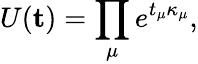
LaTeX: U(\mathbf{t})=\prod_{\mu}e^{t_{\mu}\kappa_{\mu}},